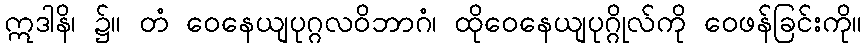
ဣဒါနိ၊ ၌။ တံ ဝေနေယျပုဂ္ဂလဝိဘာဂံ၊ ထိုဝေနေယျပုဂ္ဂိုလ်ကို ဝေဖန်ခြင်းကို။